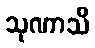
သုဏာသိ